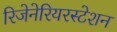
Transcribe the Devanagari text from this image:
रिजेनेरियरस्टेशन